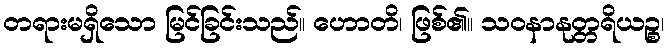
တရားမရှိသော မြင်ခြင်းသည်။ ဟောတိ၊ ဖြစ်၏။ သဝနာနုတ္တရိယဉ္စ၊